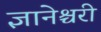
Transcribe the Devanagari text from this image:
ज्ञानेश्चरी